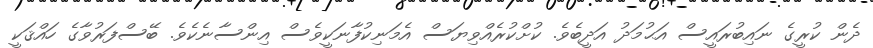
ދެން ކުރީގެ ނައިބުރައީސް އަޙުމަދު އަދީބެވެ. ކުށްކުރެއްވިޔަސް އެމަނިކުފާނަކީވެސް އިންސާނެކެވެ. ބޭސްފަރުވާގެ ހައްޤަކީ